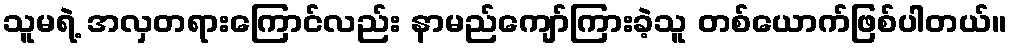
သူမရဲ့ အလှတရားကြောင်လည်း နာမည်ကျော်ကြားခဲ့သူ တစ်ယောက်ဖြစ်ပါတယ်။